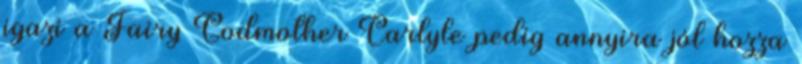
igazi a Fairy Godmother Carlyle pedig annyira jól hozza